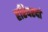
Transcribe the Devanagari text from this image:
हरिवरदां